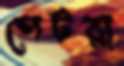
পেটরা